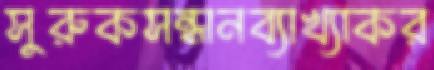
সুরুকসন্ধানব্যাখ্যাকর